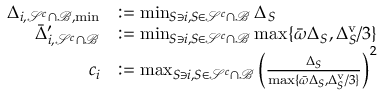
\begin{array} { r l } { \Delta _ { i , \mathcal { S } ^ { c } \cap \mathcal { B } , \operatorname* { m i n } } } & { : = \operatorname* { m i n } _ { S \ni i , S \in \mathcal { S } ^ { c } \cap \mathcal { B } } \Delta _ { S } } \\ { \bar { \Delta } _ { i , \mathcal { S } ^ { c } \cap \mathcal { B } } ^ { \prime } } & { : = \operatorname* { m i n } _ { S \ni i , S \in \mathcal { S } ^ { c } \cap \mathcal { B } } \operatorname* { m a x } \{ \bar { \omega } \Delta _ { S } , \Delta _ { S } ^ { \mathrm { v } } / 3 \} } \\ { c _ { i } } & { : = \operatorname* { m a x } _ { S \ni i , S \in \mathcal { S } ^ { c } \cap \mathcal { B } } \left( \frac { \Delta _ { S } } { \operatorname* { m a x } \{ \bar { \omega } \Delta _ { S } , \Delta _ { S } ^ { \mathrm { v } } / 3 \} } \right) ^ { 2 } } \end{array}